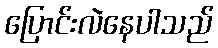
ပြောင်းလဲနေပါသည်